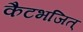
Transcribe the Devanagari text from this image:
कैटभजित्